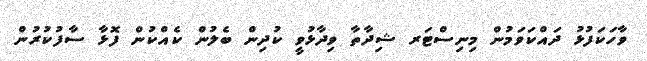
ވާހަކަފުޅު ދައްކަވަމުން މިނިސްޓަރ ޝިދާތާ ވިދާޅުވީ ކުދިން ބެލުން ކެއްކުން ފޮޅާ ސާފުކުރުން